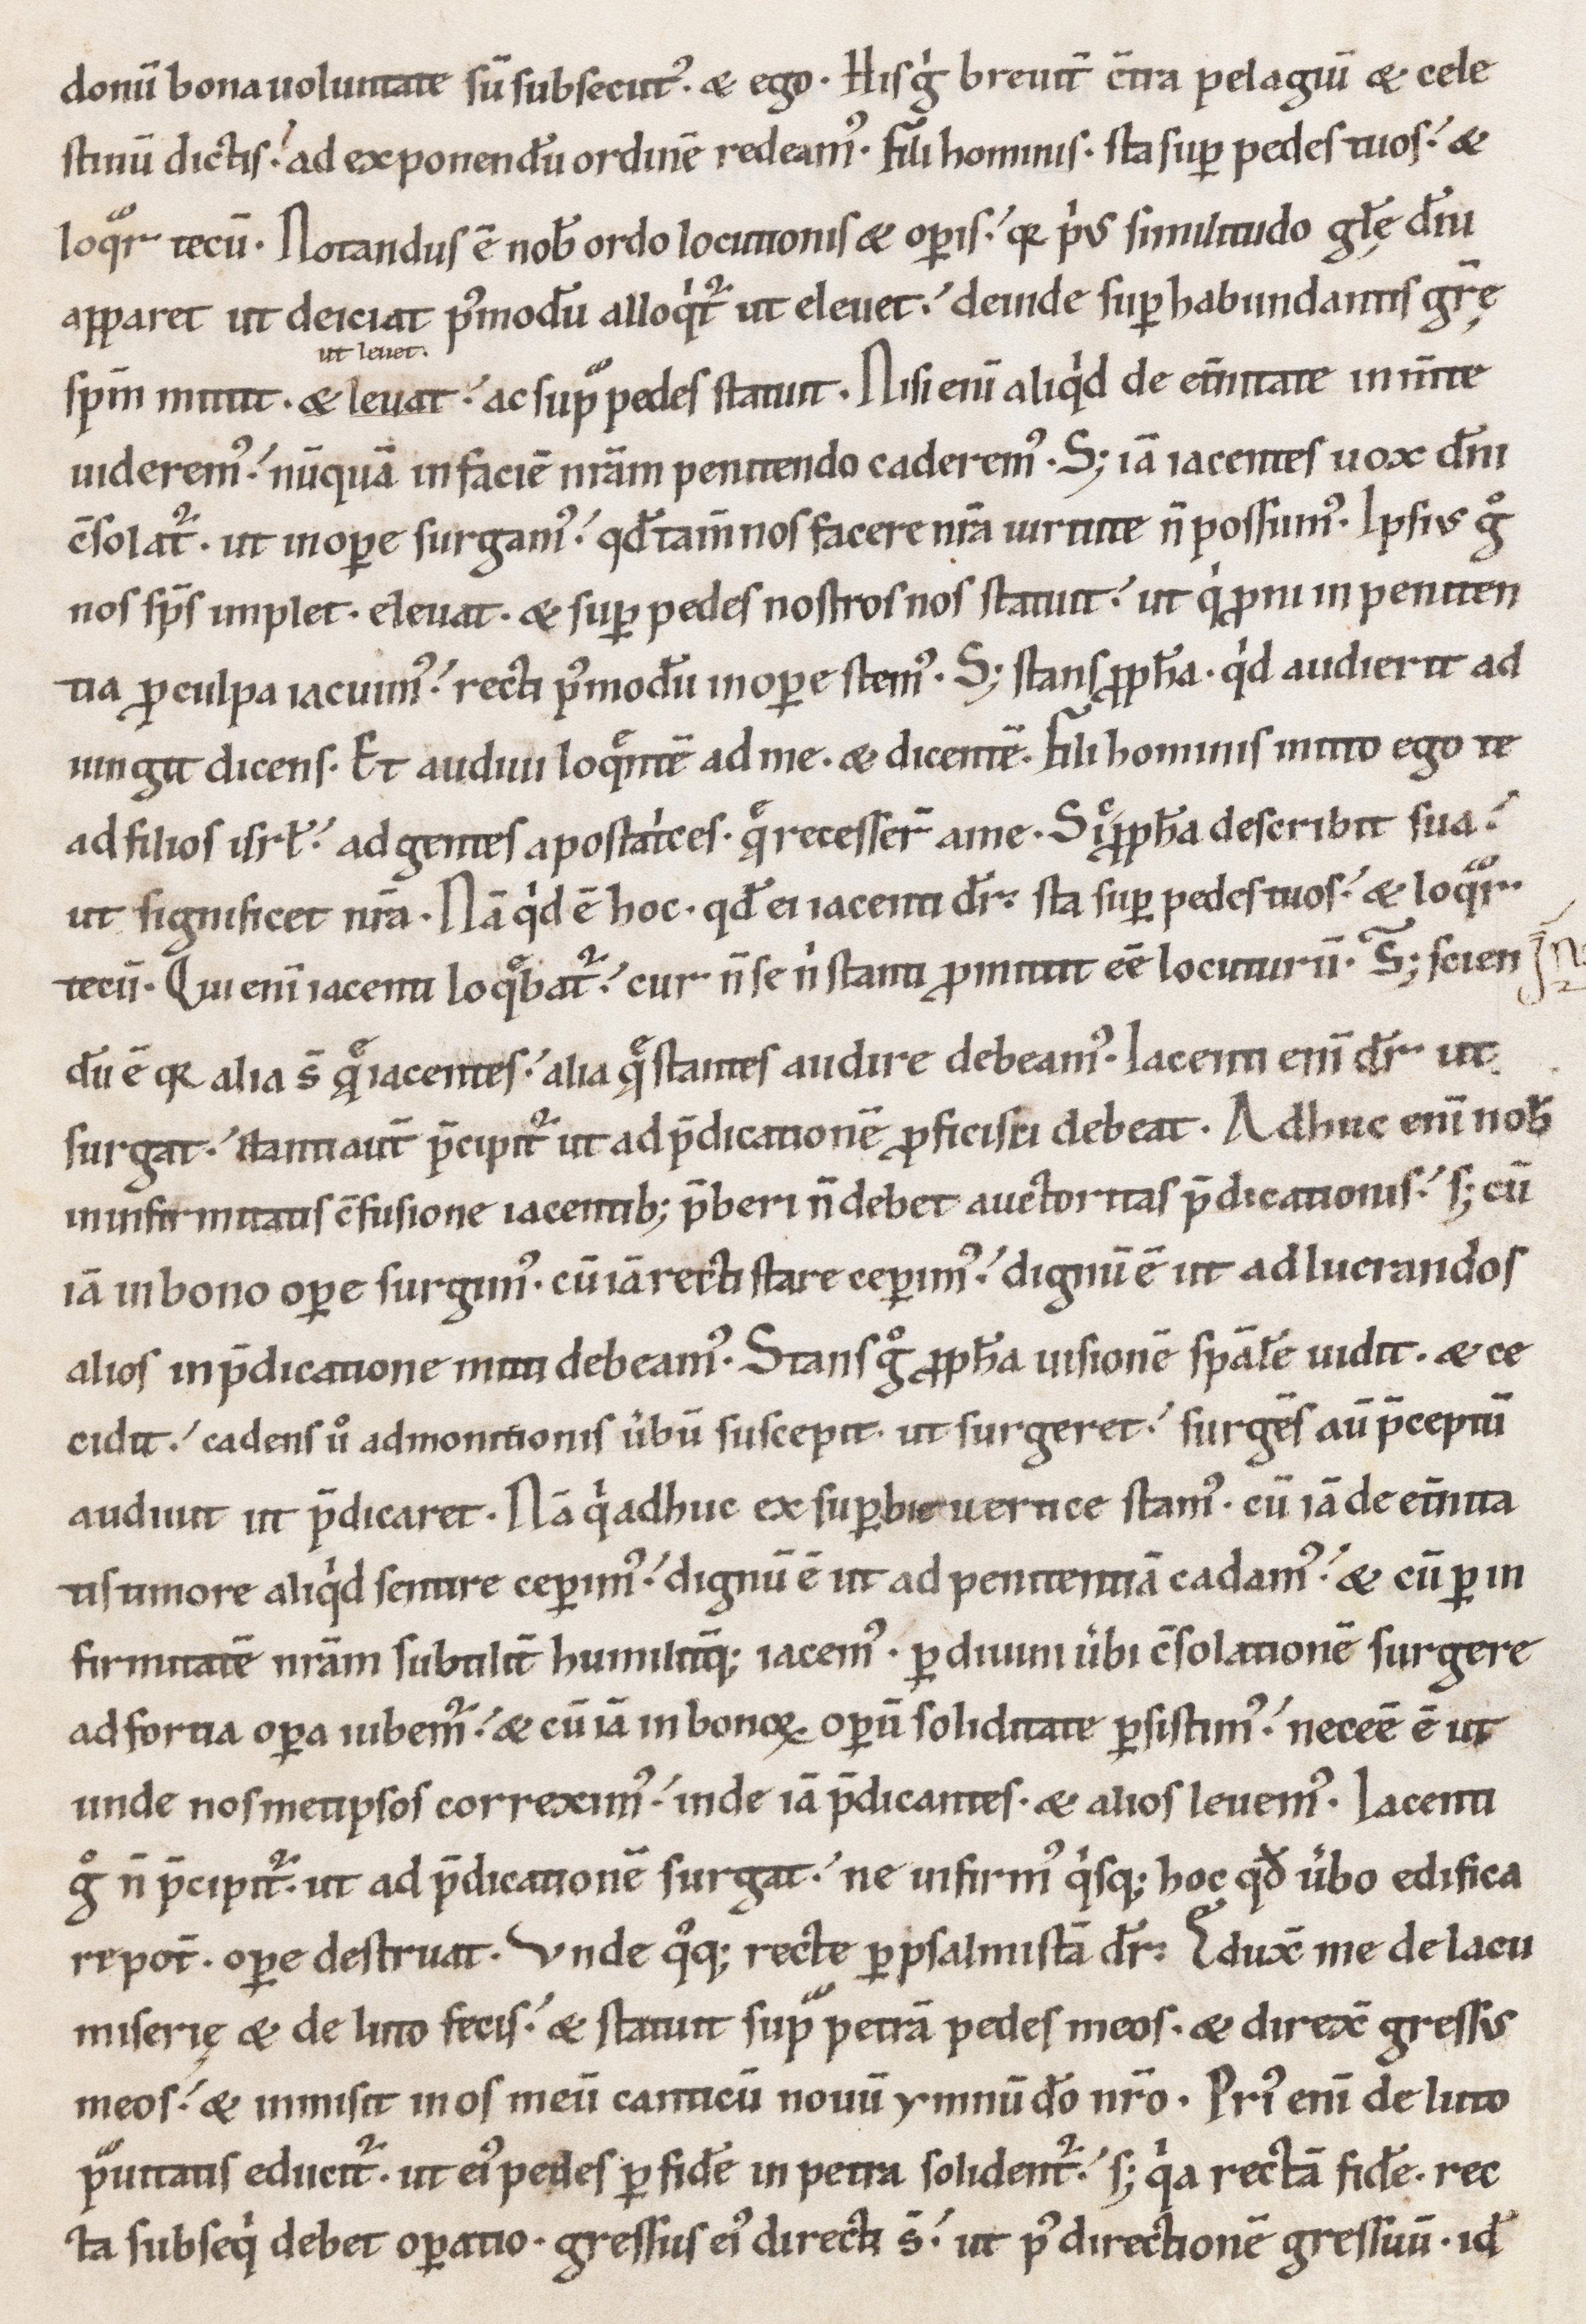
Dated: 1100–1199